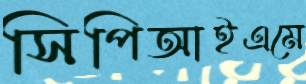
সিপিআইএমে